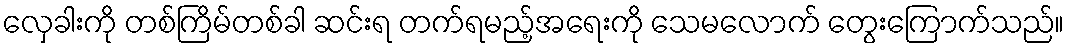
လှေခါးကို တစ်ကြိမ်တစ်ခါ ဆင်းရ တက်ရမည့်အရေးကို သေမလောက် တွေးကြောက်သည်။